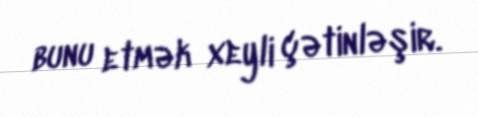
bunu etmək xeyli çətinləşir.